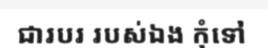
ជារបរ របស់ឯង កុំទៅ